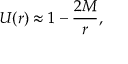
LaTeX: U ( r ) \approx 1 - \frac { 2 M } { r } ,